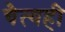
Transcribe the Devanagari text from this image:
चैत्यही